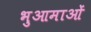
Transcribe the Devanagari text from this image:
भुआमाओं